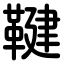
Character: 鞬